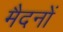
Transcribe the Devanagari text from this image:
मैदनों